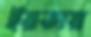
ইরতায়